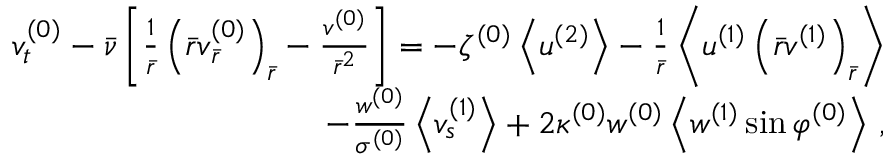
\begin{array} { r } { v _ { t } ^ { ( 0 ) } - \bar { \nu } \left[ \frac { 1 } { \bar { r } } \left( \bar { r } v _ { \bar { r } } ^ { ( 0 ) } \right) _ { \bar { r } } - \frac { v ^ { ( 0 ) } } { \bar { r } ^ { 2 } } \right] = - \zeta ^ { ( 0 ) } \left< u ^ { ( 2 ) } \right> - \frac { 1 } { \bar { r } } \left< u ^ { ( 1 ) } \left( \bar { r } v ^ { ( 1 ) } \right) _ { \bar { r } } \right> } \\ { - \frac { w ^ { ( 0 ) } } { \sigma ^ { ( 0 ) } } \left< v _ { s } ^ { ( 1 ) } \right> + 2 \kappa ^ { ( 0 ) } w ^ { ( 0 ) } \left< w ^ { ( 1 ) } \sin \varphi ^ { ( 0 ) } \right> \, , } \end{array}